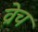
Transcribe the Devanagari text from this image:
व्रेच